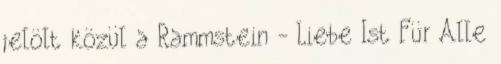
jelölt közül a Rammstein - Liebe Ist Für Alle